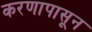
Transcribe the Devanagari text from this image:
करणापासून